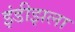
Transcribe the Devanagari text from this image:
इंडीझला